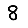
Digit: 8